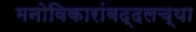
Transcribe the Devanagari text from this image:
मनोविकारांबद्दलच्या